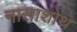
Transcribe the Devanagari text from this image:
नासाशोथ